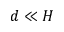
d \ll H